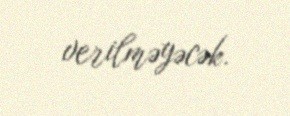
verilməyəcək.